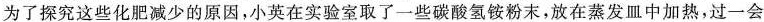
为了探究这些化肥减少的原因，小英在实验室取了一些碳酸氢铵粉末，放在蒸发皿中加热，过一会